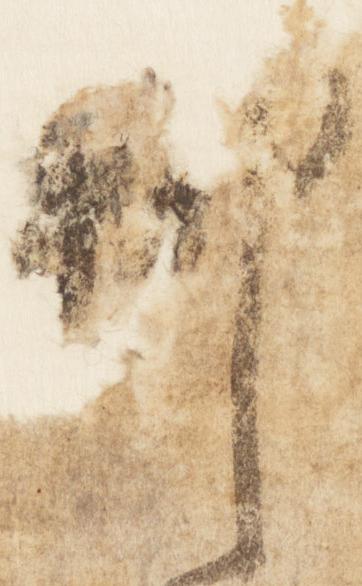
抑